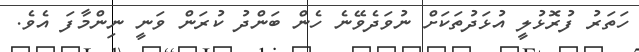
ހަތަރު ފުރޮޅުލީ އުޅަދުތަކަށް ނުވަދެވޭނެ ހެން ބަންދު ކުރަން ވަނީ ނިންމާފަ އެވެ.